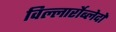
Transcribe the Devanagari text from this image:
विल्लार्रोब्लेदो